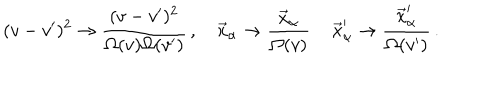
( v - v ^ { \prime } ) ^ { 2 } \rightarrow \frac { ( v - v ^ { \prime } ) ^ { 2 } } { \Omega ( v ) \Omega ( v ^ { \prime } ) } \, , \quad \vec { x } _ { \alpha } \rightarrow \frac { \vec { x } _ { \alpha } } { \Omega ( v ) } \, \quad \vec { x } _ { \alpha } ^ { \prime } \rightarrow \frac { \vec { x } _ { \alpha } ^ { \prime } } { \Omega ( v ^ { \prime } ) } \, .